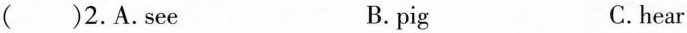
( )2.A.see B. pig C.hear